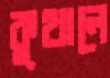
কুথালে